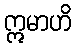
ဣမာဟိ